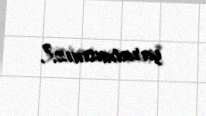
yaratmısınız?.